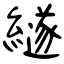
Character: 繸